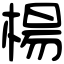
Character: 楊